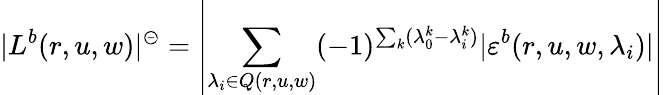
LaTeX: |L^{b}(r,u,w)|^{\circleddash}=\left|\sum_{\lambda_{i}\in Q(r,u,w)}(-1)^{\sum_{k}(\lambda_{0}^{k}-\lambda_{i}^{k})}|\varepsilon^{b}(r,u,w,\lambda_{i})|\right|